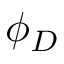
\phi _ { D }